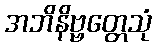
အဘိနိဗ္ဗတ္တေသုံ